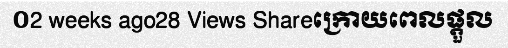
០2 weeks ago28 Views Shareក្រោយពេលផ្តួល